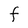
Character: F